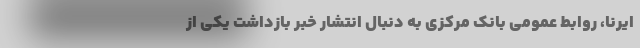
ایرنا، روابط عمومی بانک مرکزی به دنبال انتشار خبر بازداشت یکی از